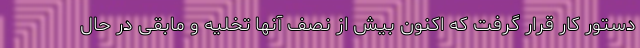
دستور کار قرار گرفت که اکنون بیش از نصف آنها تخلیه و مابقی در حال